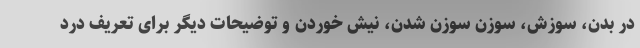
در بدن، سوزش، سوزن سوزن شدن، نیش خوردن و توضیحات دیگر برای تعریف درد